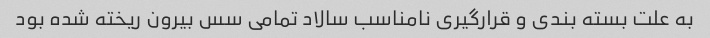
به علت بسته بندی و قرارگیری نامناسب سالاد تمامی سس بیرون ریخته شده بود